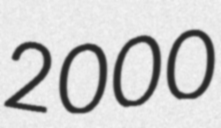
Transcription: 2000